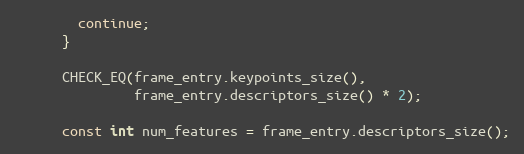
Language: C++
        continue;
      }

      CHECK_EQ(frame_entry.keypoints_size(),
               frame_entry.descriptors_size() * 2);

      const int num_features = frame_entry.descriptors_size();